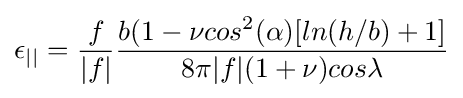
\epsilon _{||}={\frac {f}{|f|}}{\frac {b(1-\nu cos^{2}(\alpha )[ln(h/b)+1]}{8\pi |f|(1+\nu )cos\lambda }}